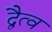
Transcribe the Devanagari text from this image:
द्वैत्व